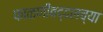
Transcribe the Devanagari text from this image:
फाळणीबद्दलच्या